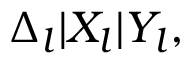
\begin{array} { r } { \Delta _ { l } | X _ { l } | Y _ { l } , } \end{array}